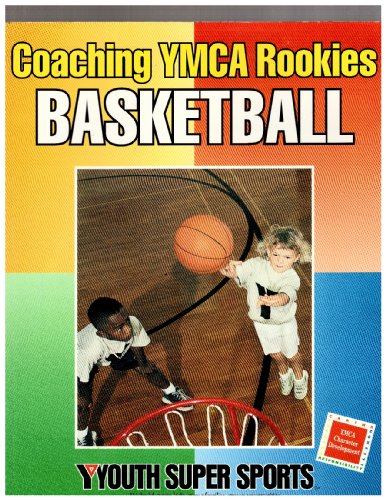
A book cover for Coaching YMCA Rookies Basketball; YMCA of the USA; Sports & Outdoors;